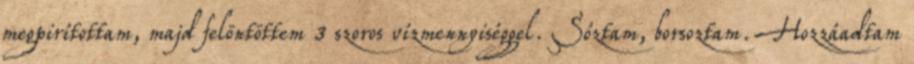
megpirítottam, majd felöntöttem 3 szoros vízmennyiséggel. Sóztam, borsoztam. Hozzáadtam